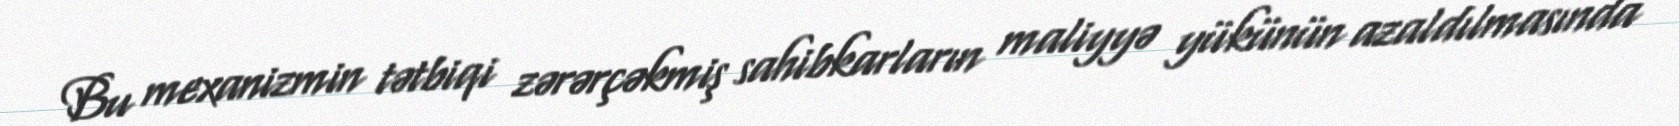
Bu mexanizmin tətbiqi zərərçəkmiş sahibkarların maliyyə yükünün azaldılmasında